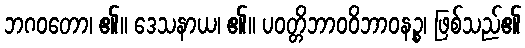
ဘဂဝတော၊ ၏။ ဒေသနာယ၊ ၏။ ပဝတ္တိဘာဝဝိဘာဝနဉ္စ၊ ဖြစ်သည်၏